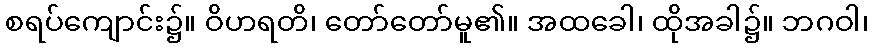
စရပ်ကျောင်း၌။ ဝိဟရတိ၊ တော်တော်မူ၏။ အထခေါ၊ ထိုအခါ၌။ ဘဂဝါ၊